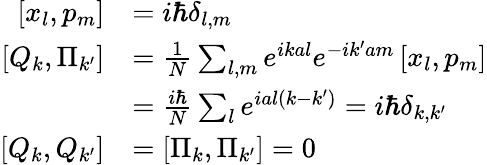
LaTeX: {\begin{array}{rl}{\left[x_{l},p_{m}\right]}&{=i\hbar\delta_{l,m}}\\ {\left[Q_{k},\Pi_{k^{\prime}}\right]}&{={\frac{1}{N}}\sum_{l,m}e^{ikal}e^{-ik^{\prime}am}\left[x_{l},p_{m}\right]}\\ &{={\frac{i\hbar}{N}}\sum_{l}e^{ial\left(k-k^{\prime}\right)}=i\hbar\delta_{k,k^{\prime}}}\\ {\left[Q_{k},Q_{k^{\prime}}\right]}&{=\left[\Pi_{k},\Pi_{k^{\prime}}\right]=0}\end{array}}